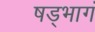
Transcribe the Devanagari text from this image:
षड्भागं